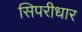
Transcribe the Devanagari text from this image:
सिपरीधार